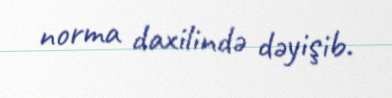
norma daxilində dəyişib.